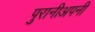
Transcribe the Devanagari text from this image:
पुरानीअपनी